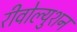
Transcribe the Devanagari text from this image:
रीवोल्युशन